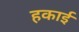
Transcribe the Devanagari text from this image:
हकाई